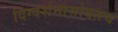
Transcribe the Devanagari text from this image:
दिग्दर्शनासोबतच